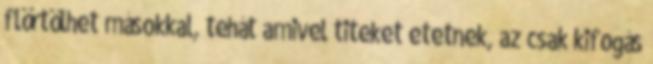
flörtölhet másokkal, tehát amivel titeket etetnek, az csak kifogás